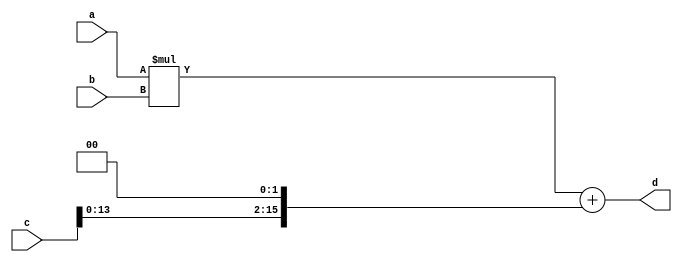
`timescale 1ns/1ns

module multiadder(a,b,c,d);
input 	[7:0]  a,b;
input 	[15:0] c;
output  [15:0] d;
wire 	[15:0] d;
wire 	[15:0] tmp,tmp1;

assign tmp  = a * b;
assign tmp1 = c << 2 ;
assign d    = tmp + tmp1;

endmodule